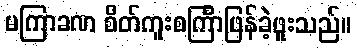
မကြာခဏ စိတ်ကူးစင်္ကြာဖြန်ခဲ့ဖူးသည်။